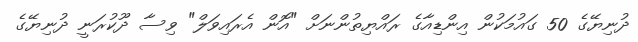
ދުނިޔޭގެ 50 ގައުމަކުން އިންޑިއާގެ ރައްޔިތުންނަށް "އޮން އެރައިވަލް" ވިސާ ދޫކުރަނީ ދުނިޔޭގެ